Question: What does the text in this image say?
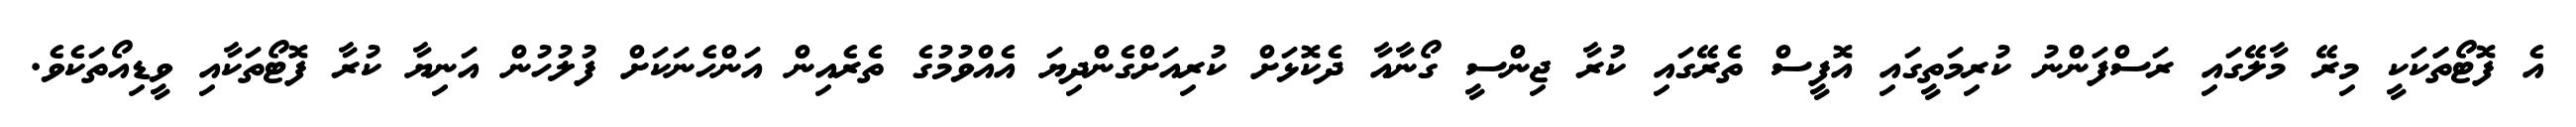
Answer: އެ ފޮޓޯތަަކަކީ މިރޭ މާލޭގައި ރަސްފަންނު ކުރިމަތީގައި އޮފީސް ތެރޭގައި ކުރާ ޖިންސީ ގޯނާއާ ދެކޮޅަށް ކުރިއަށްގެންދިޔަ އެއްވުމުގެ ތެރެއިން އަންހެނަކަށް ފުލުހުން އަނިޔާ ކުރާ ފޮޓޯތަކާއި ވީޑިއޯތަކެވެ.